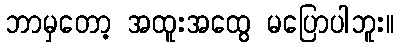
ဘာမှတော့ အထူးအထွေ မပြောပါဘူး။